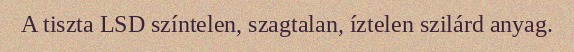
A tiszta LSD színtelen, szagtalan, íztelen szilárd anyag.